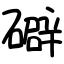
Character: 礔